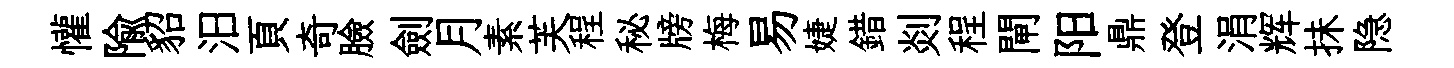
懽隃貂汨頁奇臉劍月素芙程秘牓梅易婕錯剡程閘阳鼎登涓辉抺隐